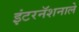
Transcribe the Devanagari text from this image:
इंटरनॅशनाले